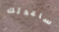
ساعدتك